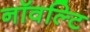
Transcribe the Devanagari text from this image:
नॉवल्टि